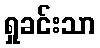
ရှုခင်းသာ